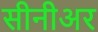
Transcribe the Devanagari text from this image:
सीनीअर